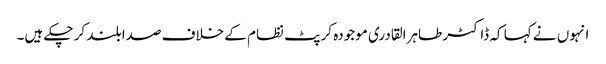
انہوں نے کہا کہ ڈاکٹر طاہرالقادری موجودہ کرپٹ نظام کے خلاف صدا بلند کر چکے ہیں۔